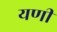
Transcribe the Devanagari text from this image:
यणी